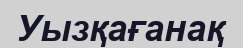
Уызқағанақ